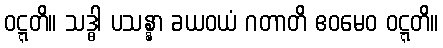
ဝဋ္ဋတိ။ သဒ္ဓါ ပသန္နာ ခယဝယံ ဂတာတိ ဧဝမေဝ ဝဋ္ဋတိ။